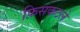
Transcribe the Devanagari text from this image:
फ़िसकटले